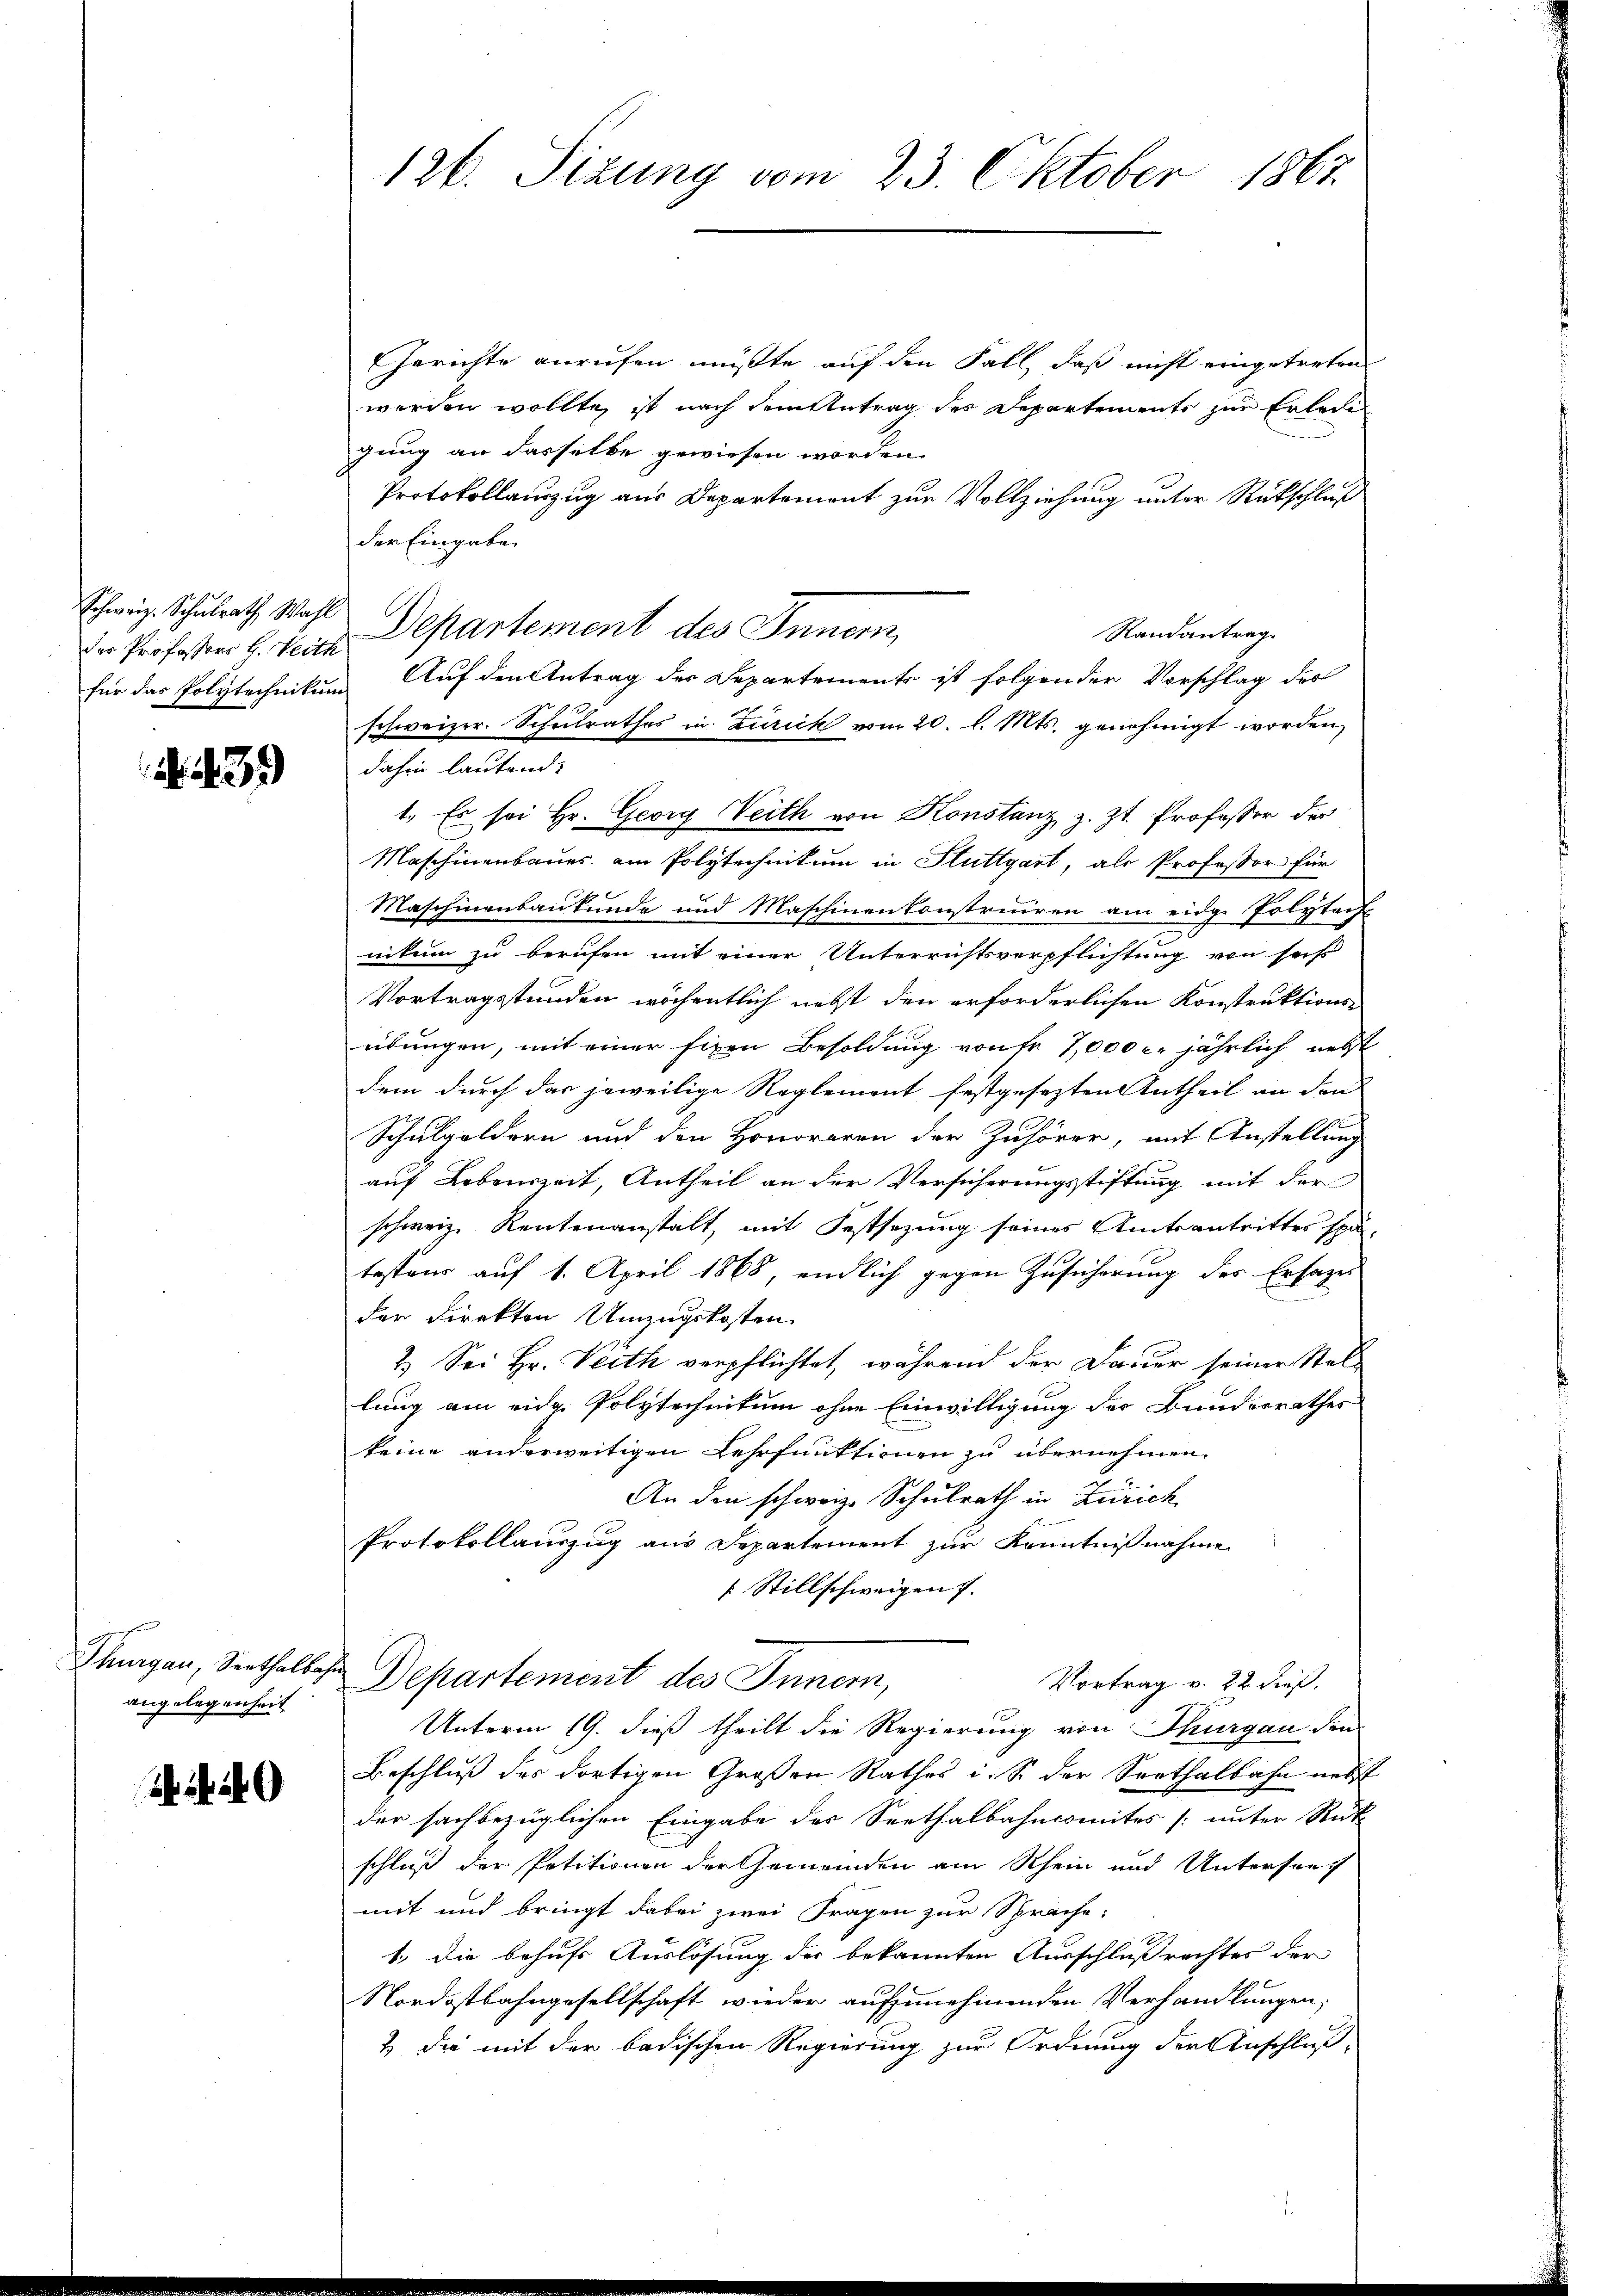
der Professors H. Seith
für das Polytechnikum

3

angelegenheit

f 240

126. Sitzung vom 23. Oktober 1867

Gerichte anrufen müsste auf den Fall, daß nicht eingetreten
werden wollte, ist nach dem Antrag des Departements zur Erlede
gung an dasselbe gewiesen worden.
Protokollauszug aus Departement zur Vollziehung unter Rückschluß
der Eingabe
Echweiz. Schulrath Wahl Departement des Innern,
Randantrag.
Auf den Antrag des Departements ist folgender Vorschlag des
schweizer. Schulrathes in Zürick vom 20. l. Mts. genehmigt worden,
dahin lautende
1. Es sei Hr. Georg Weith von Konstanz, z. Zt. Professor der
Maschinenbaues am Polytechnikum in Stuttgart, als Professor für
Maschinenbaukunde und Maschinenkonstruiren am eidge Polytech
nikum zu berufen mit einer Unterrichtsverpflichtung von seit
Vortragstunden wöchentlich nebst den erforderlichen Konstruktions-
übungen, mit einer fixen Besoldung von fr 7,000 l. jährlich nebst
dem durch das jeweilige Reglement festgesetzten Antheil an den
Schulgeldern und den Honoraren der Zuhörer, mit Anstellung
auf Lebenszeit, Antheil an der Versicherungsstiftung mit der
schweiz. Rentenanstalt, mit Festsezung seines Amtsantrittes spä-
testand auf 1. April 1868, endlich gegen Zusicherung des Ersages
der Direkten Umzugskosten
2.) Sei Hr. Verth verpflichtet, während der Dauer seiner Stellung am eide Polytechnikum ohne Einwilligung des Bunderrathes
keine anderweitigen Lehrfunktionen zu übernehmen.
An den schweiz. Schulrath in Zürich
Protokollauszug aus Departement zur Kenntnißnahme
 Stillschweigen 7.
Thuungen, Seethalbes Departement des Innern,
Vortrag v. 22 dieß.
Unterm 19. dieß theilt die Regierung von Thurgau den
Beschluß des dortigen Großen Rathes i. S. der Sorthalbahn nebst
der sachbezüglichen Eingabe des Seethalbahncomites [unter Stick
schluß der Petitionen der Gemeinden am Rhein und Untersang
mit und bringt dabei zwei Fragen zur Sprache,
1., die behufs Auslösung der bekannten Ausschlußrechtes der
Nordostbahngesellschaft wieder aufzunehmenden Verhandlungen,
& die mit der badischen Regierung zur Ordnung der Anschluß-